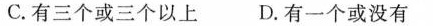
C.有三个或三个以上D.有一个或没有